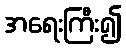
အရေးကြီး၍